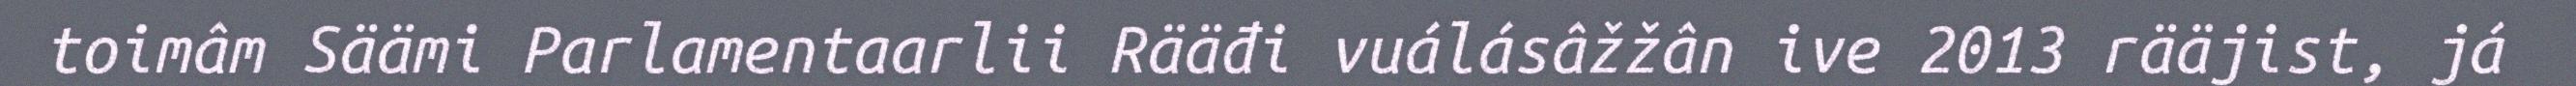
toimâm Säämi Parlamentaarlii Rääđi vuálásâžžân ive 2013 rääjist, já